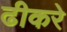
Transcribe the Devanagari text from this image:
ढीकरे